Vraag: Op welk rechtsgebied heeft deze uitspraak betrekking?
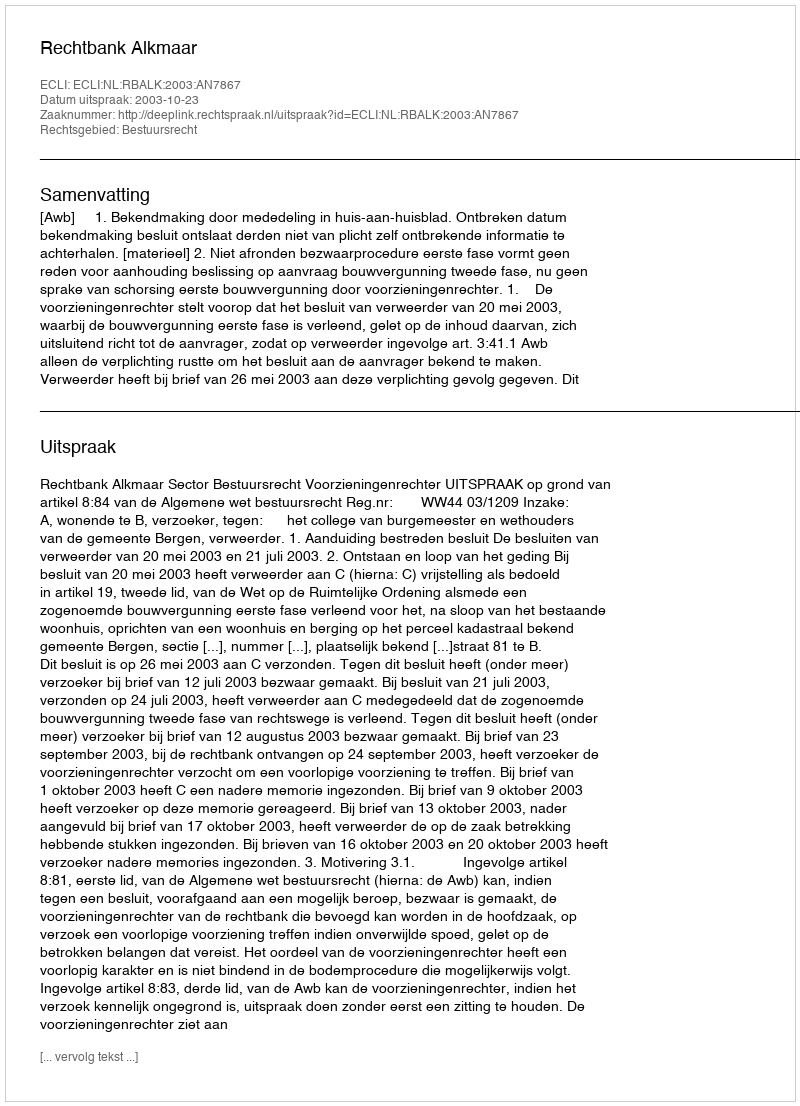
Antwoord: Bestuursrecht